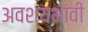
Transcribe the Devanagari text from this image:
अवश्यभांवी